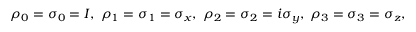
\rho _ { 0 } = \sigma _ { 0 } = I , \; \rho _ { 1 } = \sigma _ { 1 } = \sigma _ { x } , \; \rho _ { 2 } = \sigma _ { 2 } = i \sigma _ { y } , \; \rho _ { 3 } = \sigma _ { 3 } = \sigma _ { z } , \;